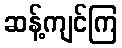
ဆန့်ကျင်ကြ